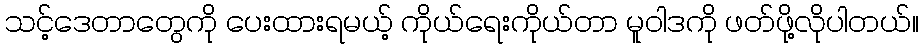
သင့်ဒေတာတွေကို ပေးထားရမယ့် ကိုယ်ရေးကိုယ်တာ မူဝါဒကို ဖတ်ဖို့လိုပါတယ်။